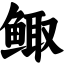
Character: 鲰